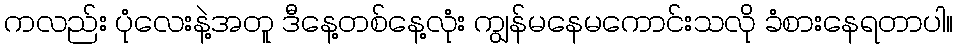
ကလည်း ပုံလေးနဲ့အတူ ဒီနေ့တစ်နေ့လုံး ကျွန်မနေမကောင်းသလို ခံစားနေရတာပါ။